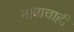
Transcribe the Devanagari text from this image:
नावाचाही